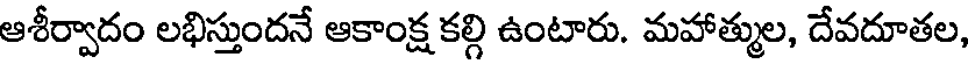
ఆశీర్వాదం లభిస్తుందనే ఆకాంక్ష కల్గి ఉంటారు. మహాత్ముల, దేవదూతల,